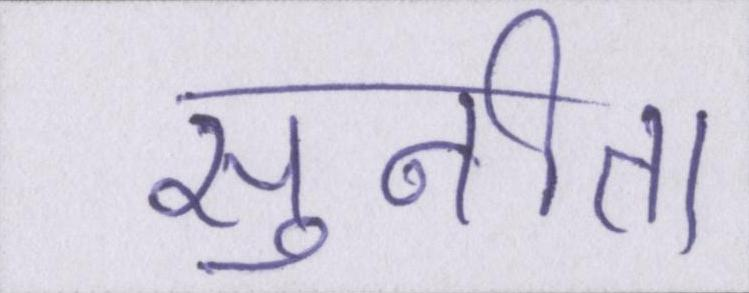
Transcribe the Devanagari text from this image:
सुनीता